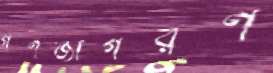
গণজাগরণ